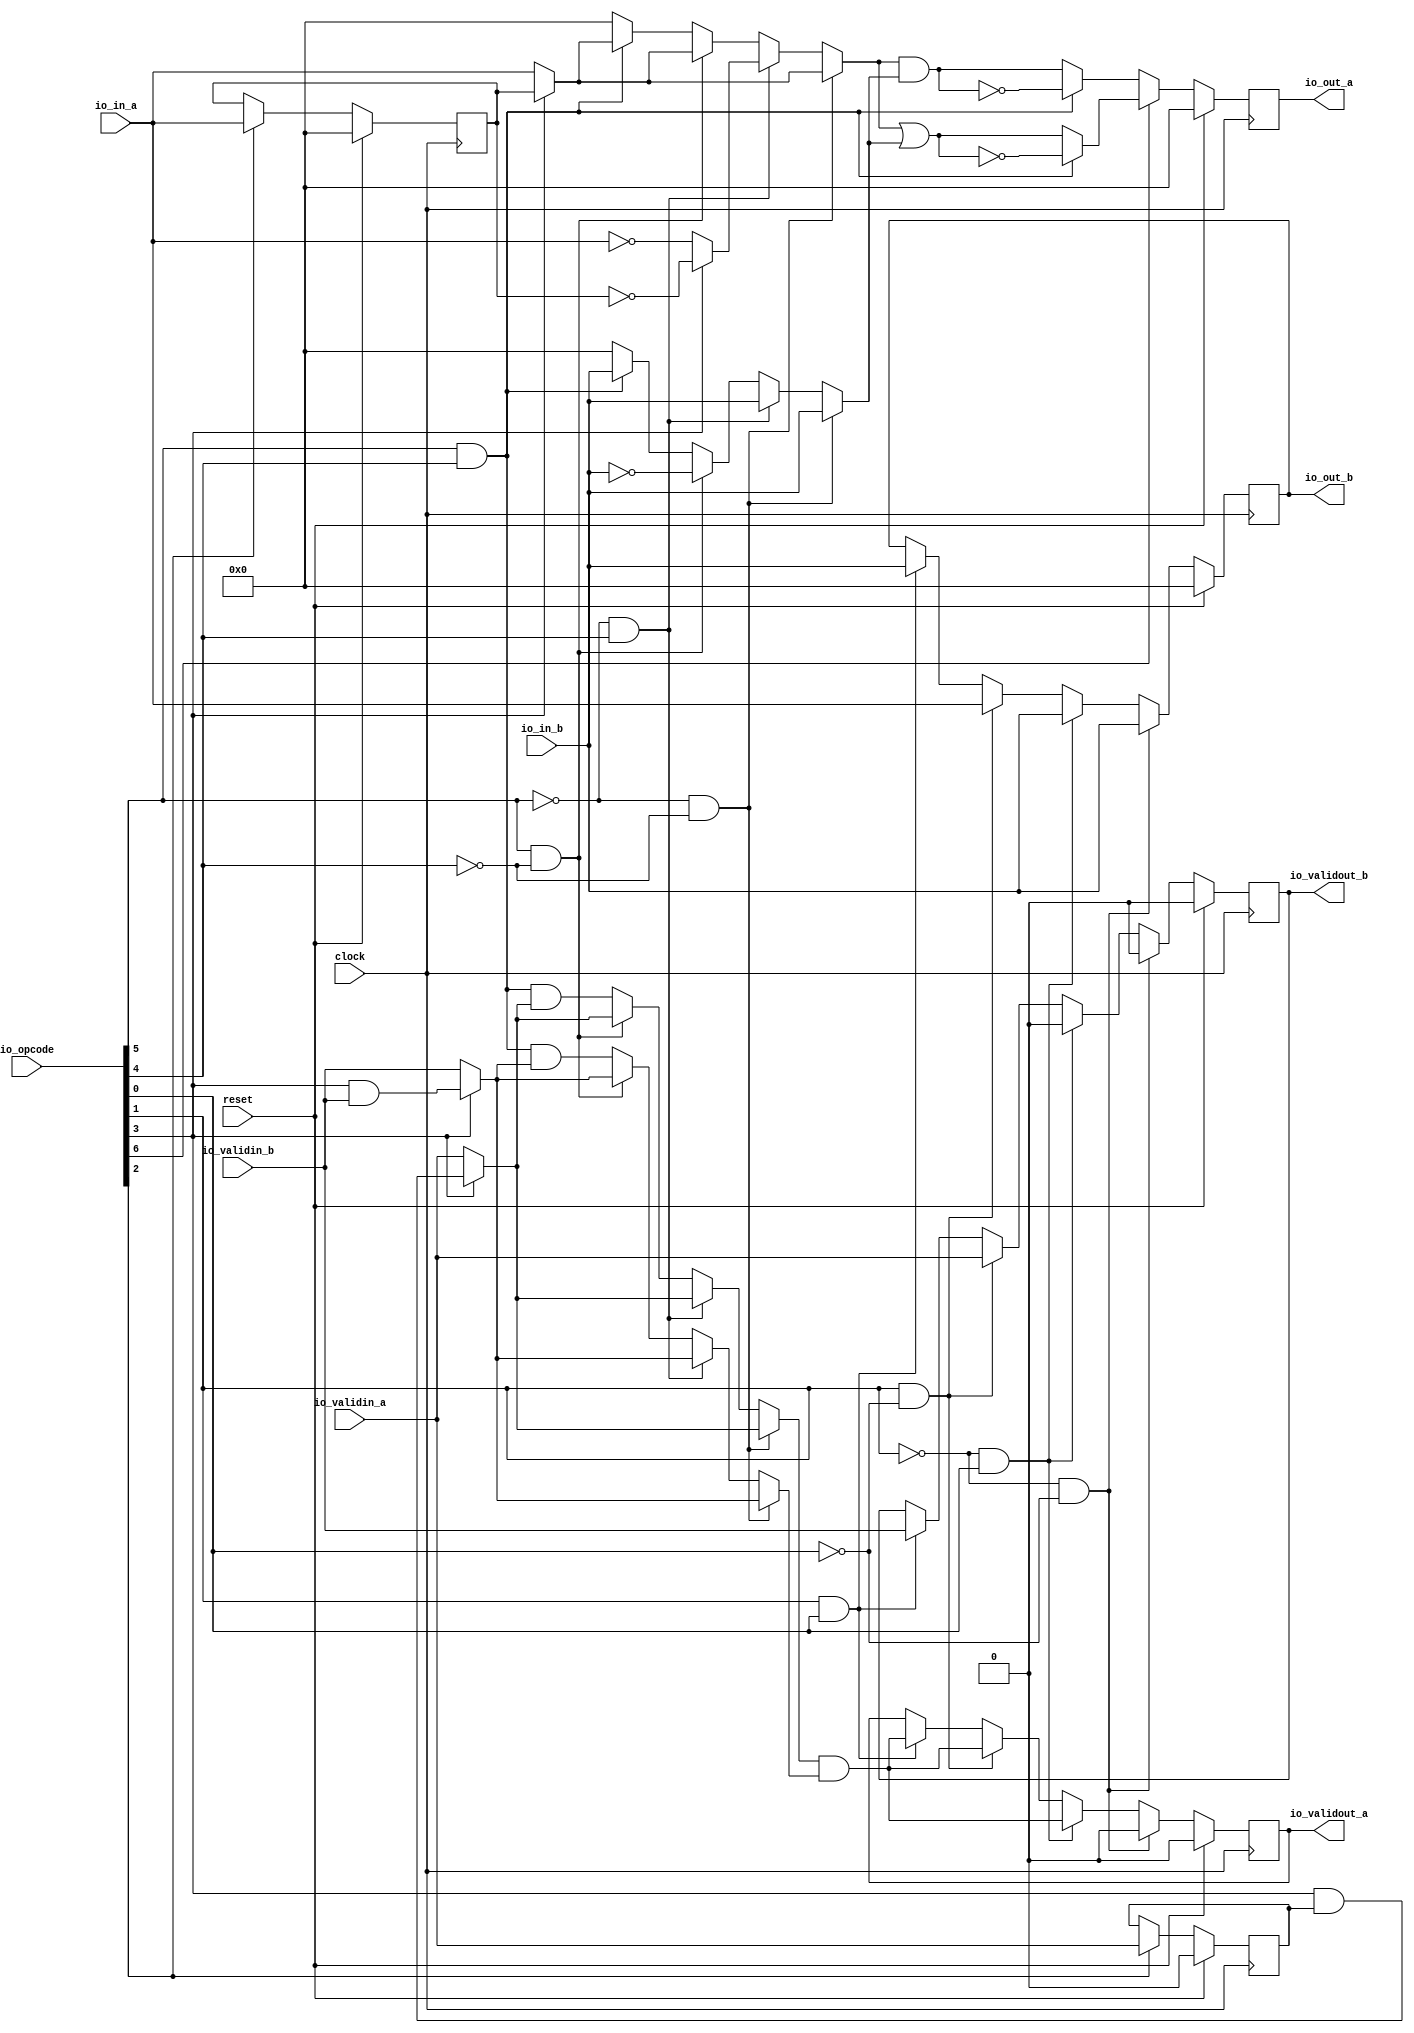
module ALU(
  input         clock,
  input         reset,
  input  [6:0]  io_opcode,
  input  [63:0] io_in_a,
  input  [63:0] io_in_b,
  output [63:0] io_out_a,
  output [63:0] io_out_b,
  input         io_validin_a,
  input         io_validin_b,
  output        io_validout_a,
  output        io_validout_b
);
`ifdef RANDOMIZE_REG_INIT
  reg [63:0] _RAND_0;
  reg [31:0] _RAND_1;
  reg [63:0] _RAND_2;
  reg [63:0] _RAND_3;
  reg [31:0] _RAND_4;
  reg [31:0] _RAND_5;
`endif // RANDOMIZE_REG_INIT
  reg [63:0] snapshot_a; // @[ALU.scala 23:27]
  reg  snapshot_valid_a; // @[ALU.scala 25:33]
  reg [63:0] temp_result_a; // @[ALU.scala 28:30]
  reg [63:0] temp_result_b; // @[ALU.scala 29:30]
  reg  temp_valid_a; // @[ALU.scala 32:29]
  reg  temp_valid_b; // @[ALU.scala 33:29]
  wire  opcode_0 = io_opcode[0]; // @[ALU.scala 36:34]
  wire  opcode_1 = io_opcode[1]; // @[ALU.scala 36:34]
  wire  opcode_2 = io_opcode[2]; // @[ALU.scala 36:34]
  wire  opcode_3 = io_opcode[3]; // @[ALU.scala 36:34]
  wire  opcode_4 = io_opcode[4]; // @[ALU.scala 36:34]
  wire  opcode_5 = io_opcode[5]; // @[ALU.scala 36:34]
  wire  opcode_6 = io_opcode[6]; // @[ALU.scala 36:34]
  wire  _T_3 = opcode_5 & opcode_4; // @[ALU.scala 44:28]
  wire  _T_8 = ~opcode_5; // @[ALU.scala 57:18]
  wire  _T_9 = ~opcode_4; // @[ALU.scala 57:39]
  wire  _T_11 = ~opcode_3; // @[ALU.scala 58:20]
  wire [63:0] _GEN_4 = opcode_3 ? snapshot_a : 64'h0; // @[ALU.scala 63:35 ALU.scala 64:14]
  wire [63:0] _GEN_8 = ~opcode_3 ? io_in_a : _GEN_4; // @[ALU.scala 58:28 ALU.scala 59:14]
  wire [63:0] _gate_a_T = ~io_in_a; // @[ALU.scala 71:17]
  wire [63:0] _gate_a_T_1 = ~snapshot_a; // @[ALU.scala 76:17]
  wire [63:0] _GEN_12 = opcode_3 ? _gate_a_T_1 : 64'h0; // @[ALU.scala 75:35 ALU.scala 76:14]
  wire [63:0] _GEN_16 = _T_11 ? _gate_a_T : _GEN_12; // @[ALU.scala 70:28 ALU.scala 71:14]
  wire [63:0] _GEN_36 = _T_3 ? _GEN_8 : 64'h0; // @[ALU.scala 93:54]
  wire [63:0] _GEN_40 = opcode_5 & _T_9 ? _GEN_8 : _GEN_36; // @[ALU.scala 81:54]
  wire [63:0] _GEN_44 = _T_8 & opcode_4 ? _GEN_16 : _GEN_40; // @[ALU.scala 69:54]
  wire [63:0] gate_a = ~opcode_5 & ~opcode_4 ? _GEN_8 : _GEN_44; // @[ALU.scala 57:47]
  wire [63:0] _GEN_5 = opcode_3 ? io_in_b : 64'h0; // @[ALU.scala 63:35 ALU.scala 65:14]
  wire [63:0] _GEN_9 = ~opcode_3 ? io_in_b : _GEN_5; // @[ALU.scala 58:28 ALU.scala 60:14]
  wire [63:0] _gate_b_T = ~io_in_b; // @[ALU.scala 84:17]
  wire [63:0] _GEN_21 = opcode_3 ? _gate_b_T : 64'h0; // @[ALU.scala 87:35 ALU.scala 89:14]
  wire [63:0] _GEN_25 = _T_11 ? _gate_b_T : _GEN_21; // @[ALU.scala 82:28 ALU.scala 84:14]
  wire [63:0] _GEN_37 = _T_3 ? _GEN_9 : 64'h0; // @[ALU.scala 93:54]
  wire [63:0] _GEN_41 = opcode_5 & _T_9 ? _GEN_25 : _GEN_37; // @[ALU.scala 81:54]
  wire [63:0] _GEN_45 = _T_8 & opcode_4 ? _GEN_9 : _GEN_41; // @[ALU.scala 69:54]
  wire [63:0] gate_b = ~opcode_5 & ~opcode_4 ? _GEN_9 : _GEN_45; // @[ALU.scala 57:47]
  wire [63:0] _temp_result_a_T = gate_a & gate_b; // @[ALU.scala 45:33]
  wire [63:0] _temp_result_a_T_1 = ~_temp_result_a_T; // @[ALU.scala 45:24]
  wire [63:0] _temp_result_a_T_3 = gate_a | gate_b; // @[ALU.scala 51:33]
  wire [63:0] _temp_result_a_T_4 = ~_temp_result_a_T_3; // @[ALU.scala 51:24]
  wire  _GEN_6 = opcode_3 & snapshot_valid_a; // @[ALU.scala 63:35 ALU.scala 66:20]
  wire  _GEN_7 = opcode_3 & io_validin_b; // @[ALU.scala 63:35 ALU.scala 67:20]
  wire  _GEN_10 = ~opcode_3 ? io_validin_a : _GEN_6; // @[ALU.scala 58:28 ALU.scala 61:20]
  wire  _GEN_11 = ~opcode_3 ? io_validin_b : _GEN_7; // @[ALU.scala 58:28 ALU.scala 62:20]
  wire  _GEN_38 = _T_3 & _GEN_10; // @[ALU.scala 93:54]
  wire  _GEN_39 = _T_3 & _GEN_11; // @[ALU.scala 93:54]
  wire  _GEN_42 = opcode_5 & _T_9 ? _GEN_10 : _GEN_38; // @[ALU.scala 81:54]
  wire  _GEN_43 = opcode_5 & _T_9 ? _GEN_11 : _GEN_39; // @[ALU.scala 81:54]
  wire  _GEN_46 = _T_8 & opcode_4 ? _GEN_10 : _GEN_42; // @[ALU.scala 69:54]
  wire  _GEN_47 = _T_8 & opcode_4 ? _GEN_11 : _GEN_43; // @[ALU.scala 69:54]
  wire  gate_valid_a = ~opcode_5 & ~opcode_4 ? _GEN_10 : _GEN_46; // @[ALU.scala 57:47]
  wire  gate_valid_b = ~opcode_5 & ~opcode_4 ? _GEN_11 : _GEN_47; // @[ALU.scala 57:47]
  wire  _T_30 = ~opcode_1; // @[ALU.scala 115:18]
  wire  _T_31 = ~opcode_0; // @[ALU.scala 115:39]
  wire  _temp_valid_a_T = gate_valid_a & gate_valid_b; // @[ALU.scala 120:34]
  wire  _GEN_56 = opcode_1 & opcode_0 ? _temp_valid_a_T : temp_valid_a; // @[ALU.scala 127:54 ALU.scala 128:18 ALU.scala 32:29]
  wire  _GEN_57 = opcode_1 & opcode_0 ? io_validin_b : temp_valid_b; // @[ALU.scala 127:54 ALU.scala 129:18 ALU.scala 33:29]
  wire [63:0] _GEN_58 = opcode_1 & opcode_0 ? io_in_b : temp_result_b; // @[ALU.scala 127:54 ALU.scala 130:19 ALU.scala 29:30]
  assign io_out_a = temp_result_a; // @[ALU.scala 1314:12]
  assign io_out_b = temp_result_b; // @[ALU.scala 1315:12]
  assign io_validout_a = temp_valid_a; // @[ALU.scala 1316:17]
  assign io_validout_b = temp_valid_b; // @[ALU.scala 1317:17]
  always @(posedge clock) begin
    if (reset) begin // @[ALU.scala 23:27]
      snapshot_a <= 64'h0; // @[ALU.scala 23:27]
    end else if (!(~opcode_2)) begin // @[ALU.scala 107:26]
      if (opcode_2) begin // @[ALU.scala 110:33]
        snapshot_a <= io_in_a; // @[ALU.scala 111:16]
      end
    end
    if (reset) begin // @[ALU.scala 25:33]
      snapshot_valid_a <= 1'h0; // @[ALU.scala 25:33]
    end else if (!(~opcode_2)) begin // @[ALU.scala 107:26]
      if (opcode_2) begin // @[ALU.scala 110:33]
        snapshot_valid_a <= io_validin_a; // @[ALU.scala 112:22]
      end
    end
    if (reset) begin // @[ALU.scala 28:30]
      temp_result_a <= 64'h0; // @[ALU.scala 28:30]
    end else if (~opcode_6) begin // @[ALU.scala 43:26]
      if (opcode_5 & opcode_4) begin // @[ALU.scala 44:49]
        temp_result_a <= _temp_result_a_T_1; // @[ALU.scala 45:21]
      end else begin
        temp_result_a <= _temp_result_a_T; // @[ALU.scala 47:21]
      end
    end else if (opcode_6) begin // @[ALU.scala 49:33]
      if (_T_3) begin // @[ALU.scala 50:49]
        temp_result_a <= _temp_result_a_T_4; // @[ALU.scala 51:21]
      end else begin
        temp_result_a <= _temp_result_a_T_3; // @[ALU.scala 53:21]
      end
    end
    if (reset) begin // @[ALU.scala 29:30]
      temp_result_b <= 64'h0; // @[ALU.scala 29:30]
    end else if (~opcode_1 & ~opcode_0) begin // @[ALU.scala 115:47]
      temp_result_b <= io_in_b; // @[ALU.scala 118:19]
    end else if (_T_30 & opcode_0) begin // @[ALU.scala 119:54]
      temp_result_b <= io_in_b; // @[ALU.scala 122:19]
    end else if (opcode_1 & _T_31) begin // @[ALU.scala 123:54]
      temp_result_b <= io_in_a; // @[ALU.scala 126:19]
    end else begin
      temp_result_b <= _GEN_58;
    end
    if (reset) begin // @[ALU.scala 32:29]
      temp_valid_a <= 1'h0; // @[ALU.scala 32:29]
    end else if (~opcode_1 & ~opcode_0) begin // @[ALU.scala 115:47]
      temp_valid_a <= 1'h0; // @[ALU.scala 116:18]
    end else if (_T_30 & opcode_0) begin // @[ALU.scala 119:54]
      temp_valid_a <= gate_valid_a & gate_valid_b; // @[ALU.scala 120:18]
    end else if (opcode_1 & _T_31) begin // @[ALU.scala 123:54]
      temp_valid_a <= _temp_valid_a_T; // @[ALU.scala 124:18]
    end else begin
      temp_valid_a <= _GEN_56;
    end
    if (reset) begin // @[ALU.scala 33:29]
      temp_valid_b <= 1'h0; // @[ALU.scala 33:29]
    end else if (~opcode_1 & ~opcode_0) begin // @[ALU.scala 115:47]
      temp_valid_b <= 1'h0; // @[ALU.scala 117:18]
    end else if (_T_30 & opcode_0) begin // @[ALU.scala 119:54]
      temp_valid_b <= 1'h0; // @[ALU.scala 121:18]
    end else if (opcode_1 & _T_31) begin // @[ALU.scala 123:54]
      temp_valid_b <= io_validin_a; // @[ALU.scala 125:18]
    end else begin
      temp_valid_b <= _GEN_57;
    end
  end
// Register and memory initialization
`ifdef RANDOMIZE_GARBAGE_ASSIGN
`define RANDOMIZE
`endif
`ifdef RANDOMIZE_INVALID_ASSIGN
`define RANDOMIZE
`endif
`ifdef RANDOMIZE_REG_INIT
`define RANDOMIZE
`endif
`ifdef RANDOMIZE_MEM_INIT
`define RANDOMIZE
`endif
`ifndef RANDOM
`define RANDOM $random
`endif
`ifdef RANDOMIZE_MEM_INIT
  integer initvar;
`endif
`ifndef SYNTHESIS
`ifdef FIRRTL_BEFORE_INITIAL
`FIRRTL_BEFORE_INITIAL
`endif
initial begin
  `ifdef RANDOMIZE
    `ifdef INIT_RANDOM
      `INIT_RANDOM
    `endif
    `ifndef VERILATOR
      `ifdef RANDOMIZE_DELAY
        #`RANDOMIZE_DELAY begin end
      `else
        #0.002 begin end
      `endif
    `endif
`ifdef RANDOMIZE_REG_INIT
  _RAND_0 = {2{`RANDOM}};
  snapshot_a = _RAND_0[63:0];
  _RAND_1 = {1{`RANDOM}};
  snapshot_valid_a = _RAND_1[0:0];
  _RAND_2 = {2{`RANDOM}};
  temp_result_a = _RAND_2[63:0];
  _RAND_3 = {2{`RANDOM}};
  temp_result_b = _RAND_3[63:0];
  _RAND_4 = {1{`RANDOM}};
  temp_valid_a = _RAND_4[0:0];
  _RAND_5 = {1{`RANDOM}};
  temp_valid_b = _RAND_5[0:0];
`endif // RANDOMIZE_REG_INIT
  `endif // RANDOMIZE
end // initial
`ifdef FIRRTL_AFTER_INITIAL
`FIRRTL_AFTER_INITIAL
`endif
`endif // SYNTHESIS
endmodule